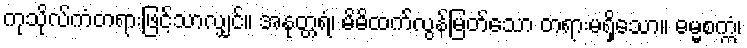
ကုသိုလ်ကံတရားဖြင့်သာလျှင်။ အနုတ္တရံ၊ မိမိထက်လွန်မြတ်သော တရားမရှိသော။ ဓမ္မစက္ကံ၊